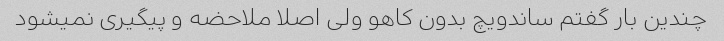
چندین بار گفتم ساندویچ بدون کاهو ولی اصلا ملاحضه و پیگیری نمیشود